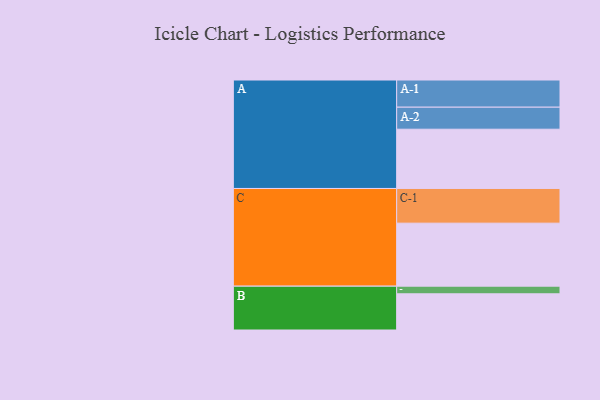
{"axis": {"x": "Segment", "y": "Value"}, "legend": ["", "A", "B", "C"], "data": [{"x": "A", "y": 506, "type": ""}, {"x": "B", "y": 309, "type": ""}, {"x": "C", "y": 538, "type": ""}, {"x": "A-1", "y": 232, "type": "A"}, {"x": "A-2", "y": 188, "type": "A"}, {"x": "B-1", "y": 65, "type": "B"}, {"x": "C-1", "y": 296, "type": "C"}]}